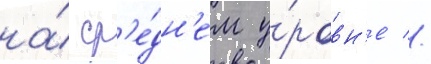
на́ ср'е́дн'ем у́ровн'е //